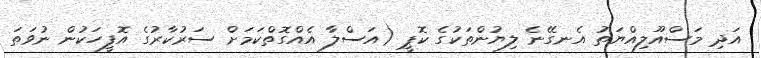
އަދި މަސްއޫލިއްޔަތު އެނގޭނެ ލިޔުންތަކުގެ ކޮޕީ (އަސްލާ އެއްގޮތްކަމަށް ސަރުކާރުގެ އޮފީހަކުން ނުވަތަ